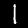
Digit: 1